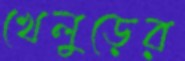
খেলুড়ের